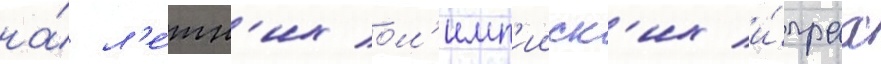
на́ л'е́тн'их ол'имп'ииск'их и́грах